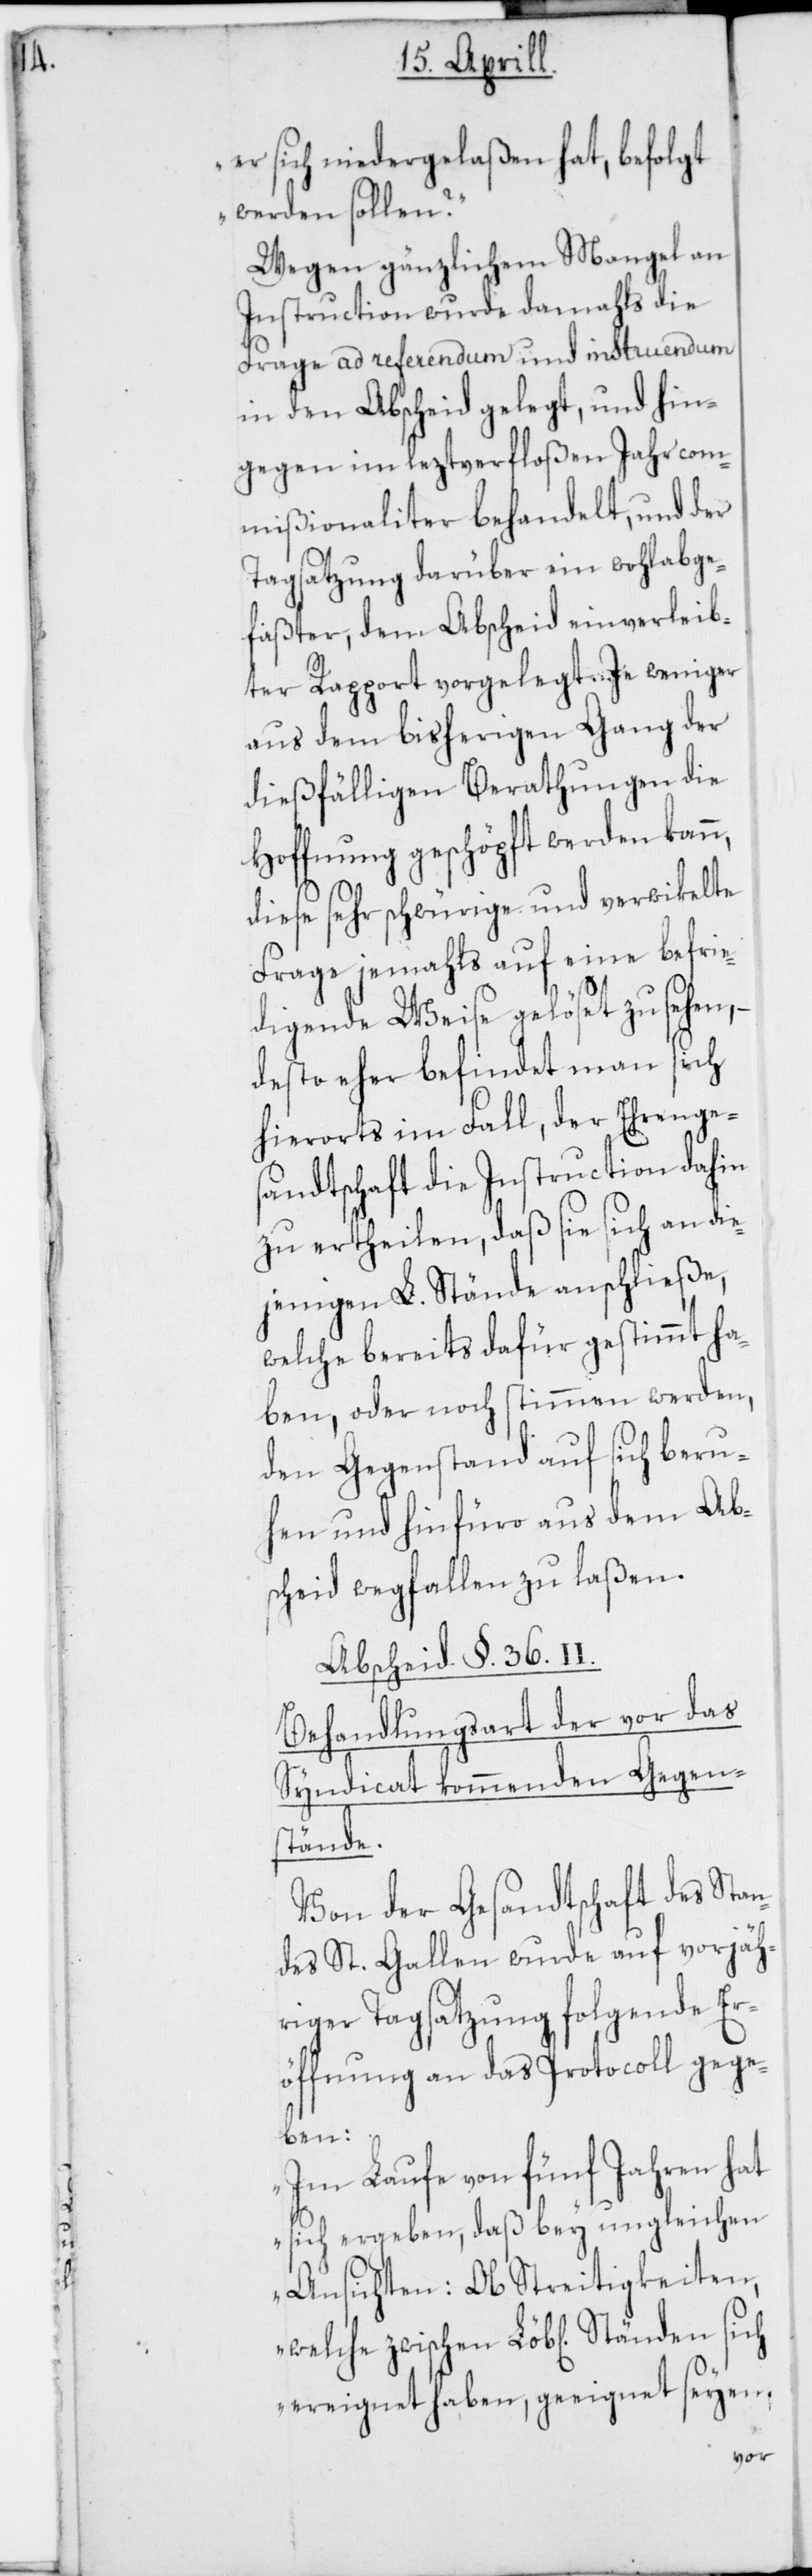
er sich niedergelaßen hat, befolgt
werden sollen?“
Wegen gänzlichem Mangel an
Instruction wurde damahls die
Frage ad referendum und instruendum
in den Abscheid gelegt, und hin¬
gegen im leztverfloßenen Jahr com¬
mißionaliter behandelt, und der
Tagsatzung darüber ein wohl abge¬
faßter, dem Abscheid einverleib¬
ter Rapport vorgelegt. Je weniger
aus dem bisherigen Gang der
dießfälligen Berathungen die
Hoffnung geschöpft werden kann,
diese sehr schwürige und verwikelte
Frage jemahls auf eine befrie¬
digende Weise gelöset zu sehen,
desto eher befindet man sich
hierorts im Fall, der Ehrenges¬
andtschaft die Instruction dahin
zu ertheilen, daß sie sich an die¬
jenigen L. Stände anschließe,
welche bereits dafür gestimmt ha¬
ben, oder noch stimmen werden,
den Gegenstand auf sich beru¬
hen und hinfüro aus dem Ab¬
scheid wegfallen zu laßen.
Abscheid §. 36. II.
Behandlungsart der vor das
Syndicat kommenden Gegen¬
Ständen
Von der Gesandtschaft des Stan¬
des St. Gallen wurde auf vorjäh¬
riger Tagsatzung folgende Er¬
öffnung an das Protocoll gege¬
ben:
sich ergeben, daß bey ungleichen
Ansichten: Ob Streitigkeiten,
ereignet haben, geeignet seyen,